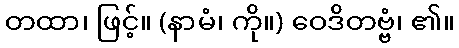
တထာ၊ ဖြင့်။ (နာမံ၊ ကို။) ဝေဒိတဗ္ဗံ၊ ၏။